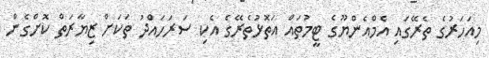
މިއަހަރުގެ ތެރޭގައި އެމްއެންޔޫގެ ޓީމުތައް އަތޮޅުތެރޭގެ އެކި ސަރަހައްދު ތަކަށް ޒިޔާރަތް ކޮށްގެން